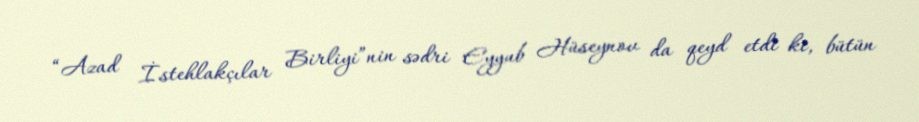
“Azad İstehlakçılar Birliyi”nin sədri Eyyub Hüseynov da qeyd etdi ki, bütün